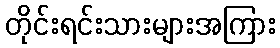
တိုင်းရင်းသားများအကြား